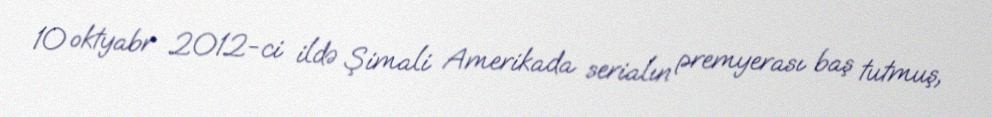
10 oktyabr 2012-ci ildə Şimali Amerikada serialın premyerası baş tutmuş,